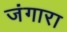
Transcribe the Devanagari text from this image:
जंगारा